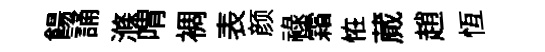
餳誦滌喟裯表颜祿霜恠蕆趙恆